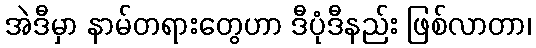
အဲဒီမှာ နာမ်တရားတွေဟာ ဒီပုံဒီနည်း ဖြစ်လာတာ၊